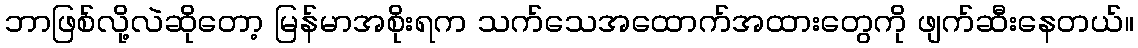
ဘာဖြစ်လို့လဲဆိုတော့ မြန်မာအစိုးရက သက်သေအထောက်အထားတွေကို ဖျက်ဆီးနေတယ်။